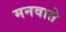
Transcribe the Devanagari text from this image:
मनवाते